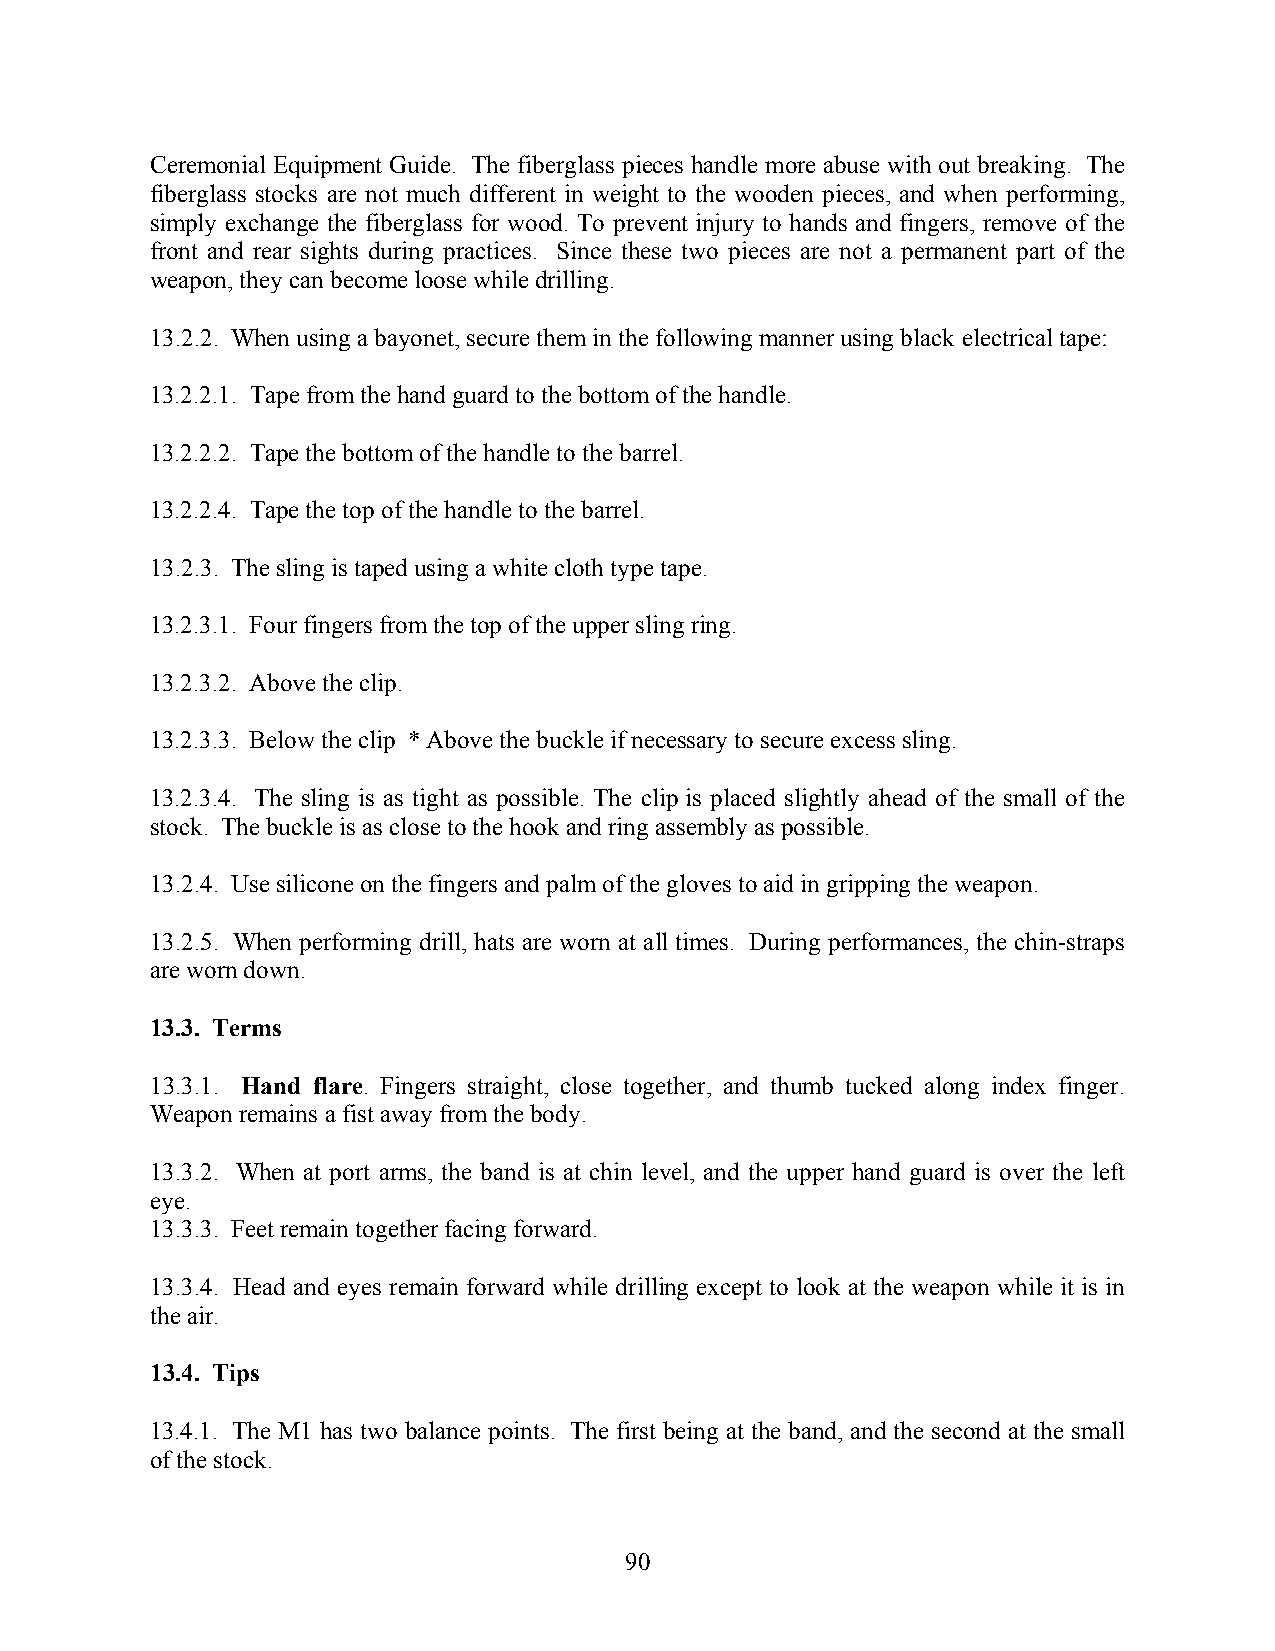
Ceremonial Equipment Guide. The fiberglass pieces handle more abuse with out breaking. The
 fiberglass stocks are not much different in weight to the wooden pieces, and when performing,
 simply exchange the fiberglass for wood. To prevent injury to hands and fingers, remove of the
 front and rear sights during practices. Since these two pieces are not a permanent part of the
 weapon, they can become loose while drilling.
 13.2.2. When using a bayonet, secure them in the following manner using black electrical tape:
 13.2.2.1. Tape from the hand guard to the bottom of the handle.
 13.2.2.2. Tape the bottom of the handle to the barrel.
 13.2.2.4. Tape the top of the handle to the barrel.
 13.2.3. The sling is taped using a white cloth type tape.
 13.2.3.1. Four fingers from the top of the upper sling ring.
 13.2.3.2. Above the clip.
 13.2.3.3. Below the clip * Above the buckle if necessary to secure excess sling.
 13.2.3.4. The sling is as tight as possible. The clip is placed slightly ahead of the small of the
 stock. The buckle is as close to the hook and ring assembly as possible.
 13.2.4. Use silicone on the fingers and palm of the gloves to aid in gripping the weapon.
 13.2.5. When performing drill, hats are worn at all times. During performances, the chin-straps
 are worn down.
 13.3. Terms
 13.3.1. Hand flare. Fingers straight, close together, and thumb tucked along index finger.
 Weapon remains a fist away from the body.
 13.3.2. When at port arms, the band is at chin level, and the upper hand guard is over the left
 eye.
 13.3.3. Feet remain together facing forward.
 13.3.4. Head and eyes remain forward while drilling except to look at the weapon while it is in
 the air.
 13.4. Tips
 13.4.1. The M1 has two balance points. The first being at the band, and the second at the small
 of the stock.
 90